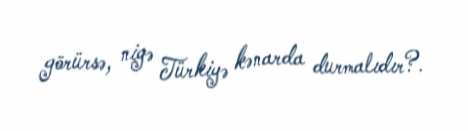
görürsə, niyə Türkiyə kənarda durmalıdır?.